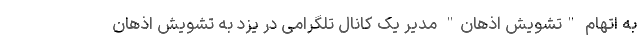
به اتهام "تشویش اذهان" مدیر یک کانال تلگرامی در یزد به تشویش اذهان